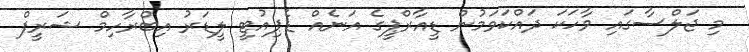
މި ޖަލްސާގައި ވާހަކަ ދައްކަވަމުން ޑީއާރްޕީގެ އަނެއް ޑެޕިއުޓީ ލީޑަރު އިބްރާހިމް ޝަރީފް